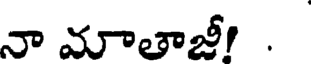
నా మాతాజీ! .